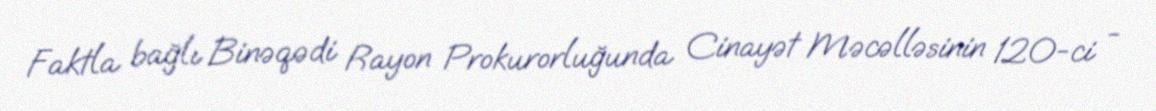
Faktla bağlı Binəqədi Rayon Prokurorluğunda Cinayət Məcəlləsinin 120-ci -